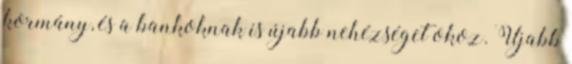
kormány, és a bankoknak is újabb nehézséget okoz. Újabb